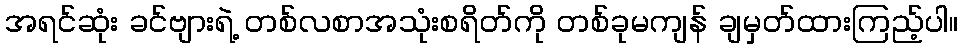
အရင်ဆုံး ခင်ဗျားရဲ့ တစ်လစာအသုံးစရိတ်ကို တစ်ခုမကျန် ချမှတ်ထားကြည့်ပါ။